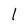
Character: l